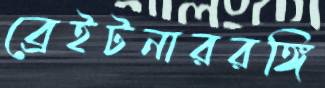
ব্রেইটনাররঙ্গি